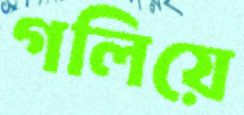
গলিয়ে